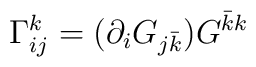
\Gamma_{ij}^{k} =  (\partial_i G_{j{\bar k}}) G^{{\bar k}k}